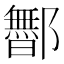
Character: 𬪡